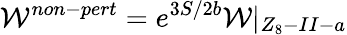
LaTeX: {\cal W}^{non-pert}=e^{3S/2b}{\cal W}|_{Z_{8}-II-a}